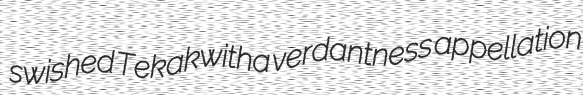
swished Tekakwitha verdantness appellation